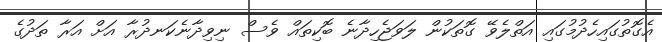
އެގޮތުގައިހެދުމުގައި އަތްލެވޭ ގޮތަކުން ލަވަޖެހިދާނެ ބޮކިތައް ވެސް ނިވިދާނެކަނދުރާ އަށް އަރާ ތަދުގެ